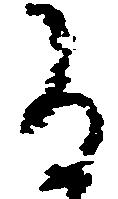
る